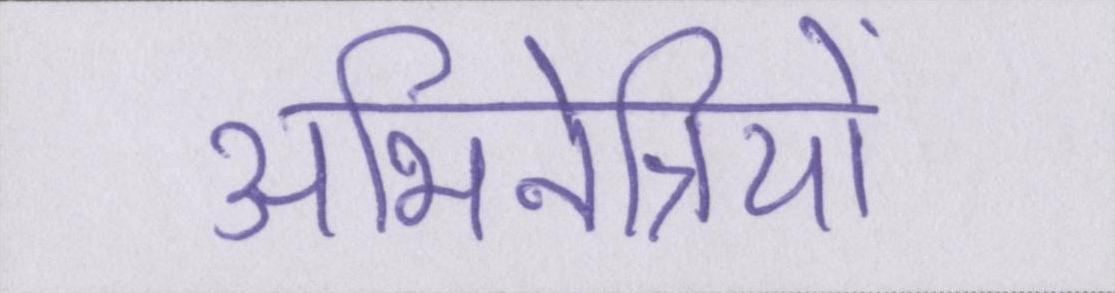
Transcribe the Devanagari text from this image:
अभिनेत्रियों